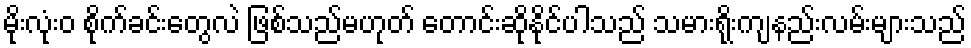
မိုးလုံး၀ စိုက်ခင်းတွေလဲ ဖြစ်သည်မဟုတ် တောင်းဆိုနိုင်ပါသည် သမားရိုးကျနည်းလမ်းများသည်